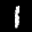
Label: 1